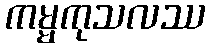
ကမ္မကုသလဿ